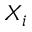
X _ { i }